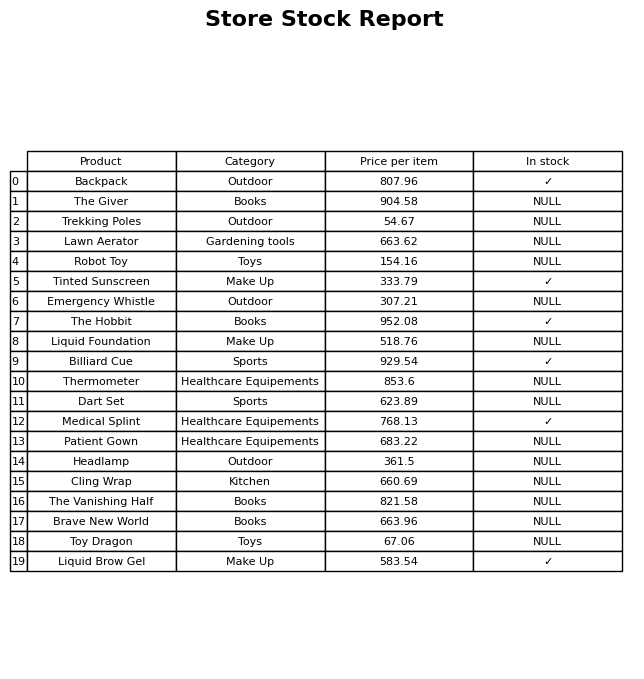
question: What category does the Brave New World belong to?
answer: Books